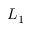
L _ { 1 }